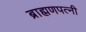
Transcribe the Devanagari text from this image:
ब्राह्मणपत्नी